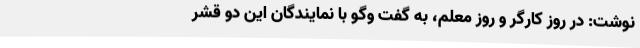
نوشت: در روز کارگر و روز معلم، به گفت وگو با نمایندگان این دو قشر